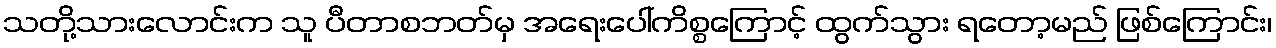
သတို့သားလောင်းက သူ ပီတာစဘတ်မှ အရေးပေါ်ကိစ္စကြောင့် ထွက်သွား ရတော့မည် ဖြစ်ကြောင်း၊